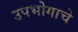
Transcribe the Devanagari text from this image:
उपभोगाचे